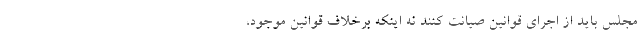
مجلس باید از اجرای قوانین صیانت کنند نه اینکه برخلاف قوانین موجود،